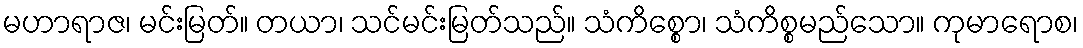
မဟာရာဇ၊ မင်းမြတ်။ တယာ၊ သင်မင်းမြတ်သည်။ သံကိစ္စော၊ သံကိစ္စမည်သော။ ကုမာရောစ၊